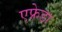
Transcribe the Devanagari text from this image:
एफ्रेडा